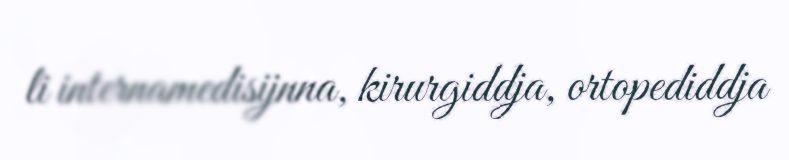
li internamedisijnna, kirurgiddja, ortopediddja